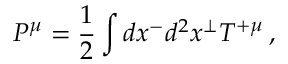
P ^ { \mu } = { \frac { 1 } { 2 } } \int d x ^ { - } d ^ { 2 } x ^ { \perp } T ^ { + \mu } \, ,